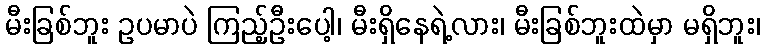
မီးခြစ်ဘူး ဥပမာပဲ ကြည့်ဦးပေါ့၊ မီးရှိနေရဲ့လား၊ မီးခြစ်ဘူးထဲမှာ မရှိဘူး၊